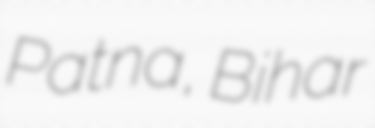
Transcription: Patna, Bihar